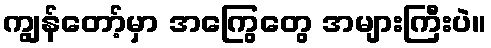
ကျွန်တော့်မှာ အကြွေတွေ အများကြီးပဲ။